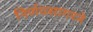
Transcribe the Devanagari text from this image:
निर्णयसागरने